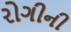
રોગીની